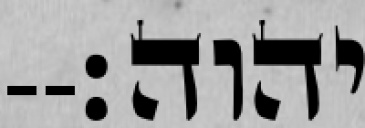
יהוה׃--